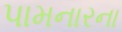
પામનારના